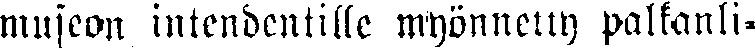
museon intendentille myönnetty palkanli-